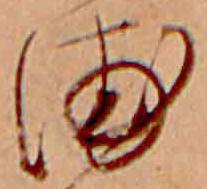
浦